Scottish Leaving Certificate Examination, 1960
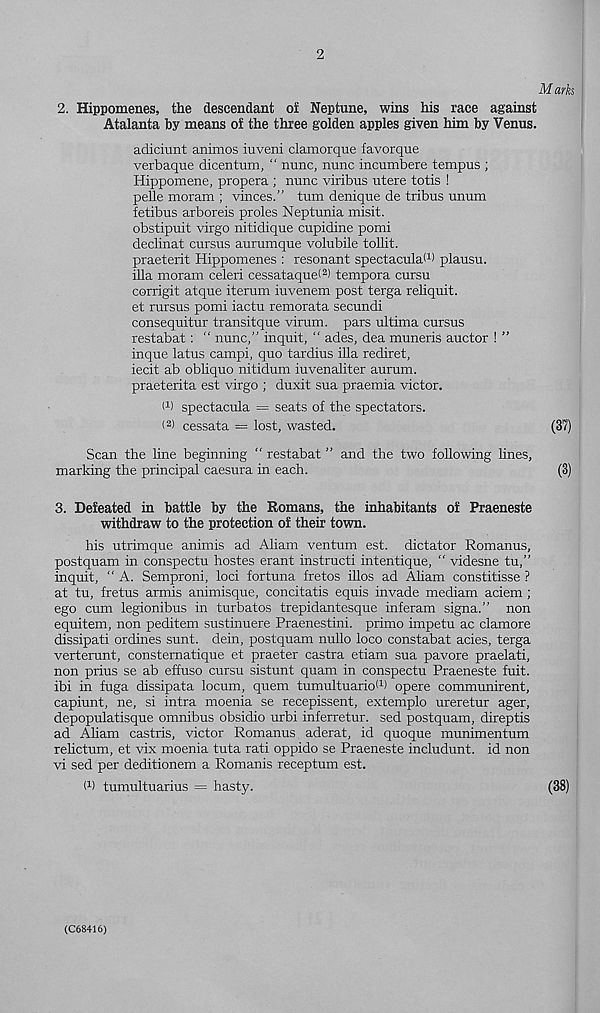
2
Marks
2. Hippomenes, the descendant of Neptune, wins his race against
Atalanta by means of the three golden apples given him by Venus.
adiciunt animos iuveni clamorque favorque
verbaque dicentum, “ nunc, nunc incumbere tempus ;
Hippomene, propera ; nunc viribus utere totis !
pefle moram ; vinces.” turn denique de tribus unum
ietibus arboreis proles Neptunia misit.
obstipuit virgo nitidique cupidine pomi
declinat cursus aurumque volubile tollit.
praeterit Hippomenes : resonant spectacular plausu.
ilia moram celeri cessataquet 2 ) tempora cursu
corrigit atque iterum iuvenem post terga reliquit.
et rursus pomi iactu remorata secundi
consequitur transitque virum. pars ultima cursus
restabat: “ nunc,” inquit, “ ades, dea muneris auctor ! ”
inque latus campi, quo tardius ilia rediret,
iecit ab obliquo nitidum iuvenaliter aurum.
praeterita est virgo ; duxit sua praemia victor.
d) spectacula = seats of the spectators.
( 2 > cessata = lost, wasted.
(37)
Scan the line beginning “ restabat ” and the two following lines,
marking the principal caesura in each.
(3)
3. Defeated in battle by the Romans, the inhabitants of Praeneste
withdraw to the protection of their town.
his utrimque animis ad Aliam ventum est. dictator Romanus,
postquam in conspectu hostes erant instruct! intentique, “ videsne tu,”
inquit, “ A. Semproni, loci fortuna fretos illos ad Aliam constitisse ?
at tu, fretus armis animisque, concitatis equis invade mediam aciem ;
ego cum legionibus in turbatos trepidantesque inferam signa.” non
equitem, non peditem sustinuere Praenestini. primo impetu ac clamore
dissipati ordines sunt, dein, postquam nullo loco constabat acies, terga
verterunt, consternatique et praeter castra etiam sua pavore praelati,
non prius se ab effuso cursu sistunt quam in conspectu Praeneste fuit.
ibi in fuga dissipata locum, quern tumultuarioW opere communirent,
capiunt, ne, si intra moenia se recepissent, extemplo ureretur ager,
depopulatisque omnibus obsidio urbi inferretur. sed postquam, direptis
ad Aliam castris, victor Romanus aderat, id quoque munimentum
relictum, et vix moenia tuta rati oppido se Praeneste includunt. id non
vi sed per deditionem a Romanis receptum est.
M tumultuarius = hasty.
(38)
(C68416)